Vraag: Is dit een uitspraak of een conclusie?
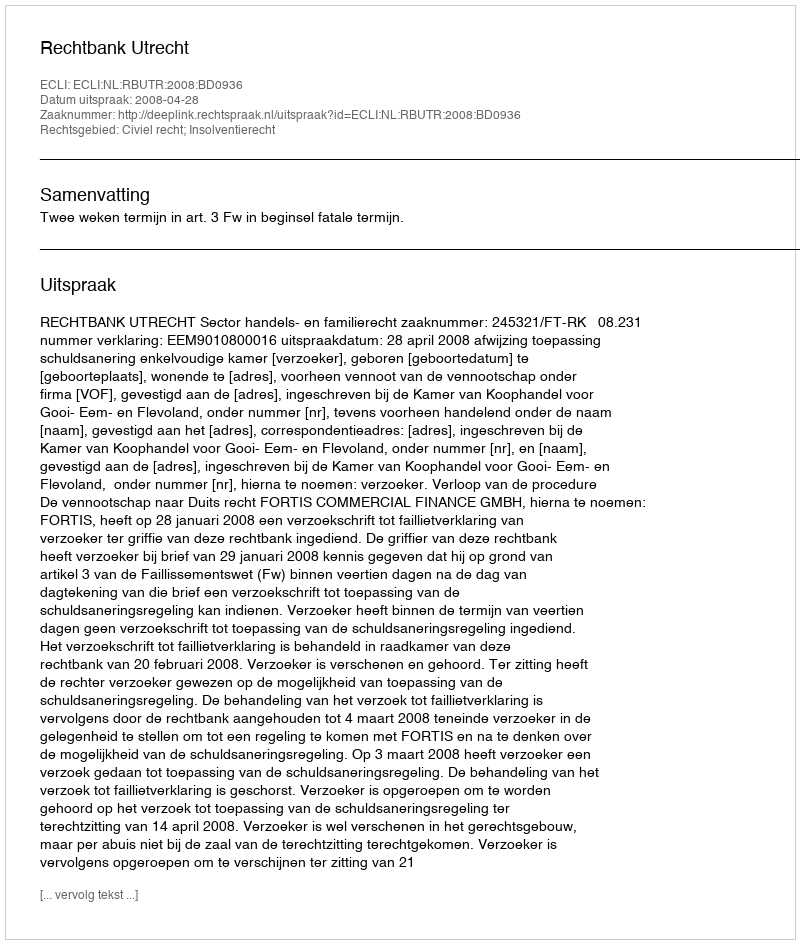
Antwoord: Uitspraak